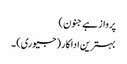
پرواز ہے جنون)
بہترین اداکار (جیوری) ۔